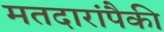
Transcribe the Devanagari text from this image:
मतदारांपैकी